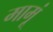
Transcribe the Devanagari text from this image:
मामूं